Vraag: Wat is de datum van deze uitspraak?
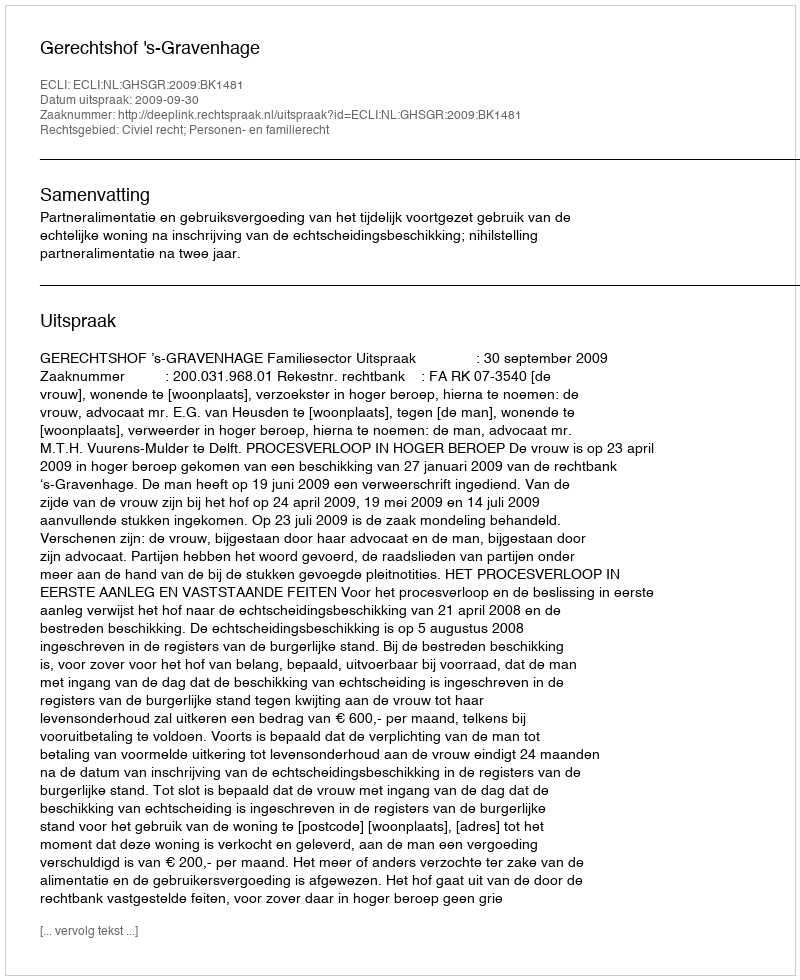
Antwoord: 2009-09-30